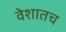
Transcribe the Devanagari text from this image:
वेशातच